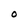
Character: O